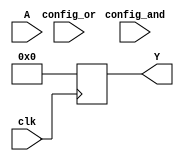
module CLB (
    input wire [N-1:0] A,                 // N input signals
    input wire [M-1:0] config_and,        // Configuration for AND gates
    input wire [M-1:0] config_or,         // Configuration for OR gates
    input wire clk,                        // Clock signal for configuration
    output reg [O-1:0] Y                  // O output signals
);

// Parameters
parameter N = 8; // Number of input signals
parameter M = 8; // Number of product terms
parameter O = 4; // Number of output signals

// Internal signals
wire [M-1:0] product_terms; // AND gate outputs
wire [O-1:0] sum_terms;      // OR gate outputs

// Generate product terms using configurable AND gates
genvar i, j;
generate
    for (i = 0; i < M; i = i + 1) begin : and_gates
        assign product_terms[i] = (config_and[i] ? A[0] : 1'b1);
        for (j = 1; j < N; j = j + 1) begin
            assign product_terms[i] = product_terms[i] & (config_and[i] ? A[j] : 1'b1);
        end
    end
endgenerate

// Generate sum terms using configurable OR gates
generate
    for (i = 0; i < O; i = i + 1) begin : or_gates
        assign sum_terms[i] = 1'b0; // Initialize sum terms
        for (j = 0; j < M; j = j + 1) begin
            assign sum_terms[i] = sum_terms[i] | (config_or[i] ? product_terms[j] : 1'b0);
        end
    end
endgenerate

// Output assignment
always @(posedge clk) begin
    Y <= sum_terms; // Register the output on clock edge
end

endmodule